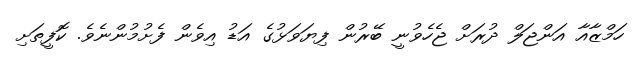
ހަމްޒާއާ އަންޖަލް ދުރަށް ޖެހެވުނީ ބޭރުން ފިޔަވަޅުގެ އަޑު އިވެން ފެށުމުންނެވެ. ކޮފީތަށި